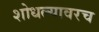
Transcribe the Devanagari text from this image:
शोधल्यावरच